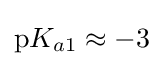
\mathrm {p} K_{a1}\approx -3